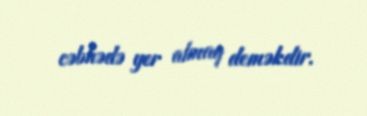
cəbhədə yer almaq deməkdir.